Lunatic asylums Punjab 1911-1921 - 1911-1921
Year: 1911
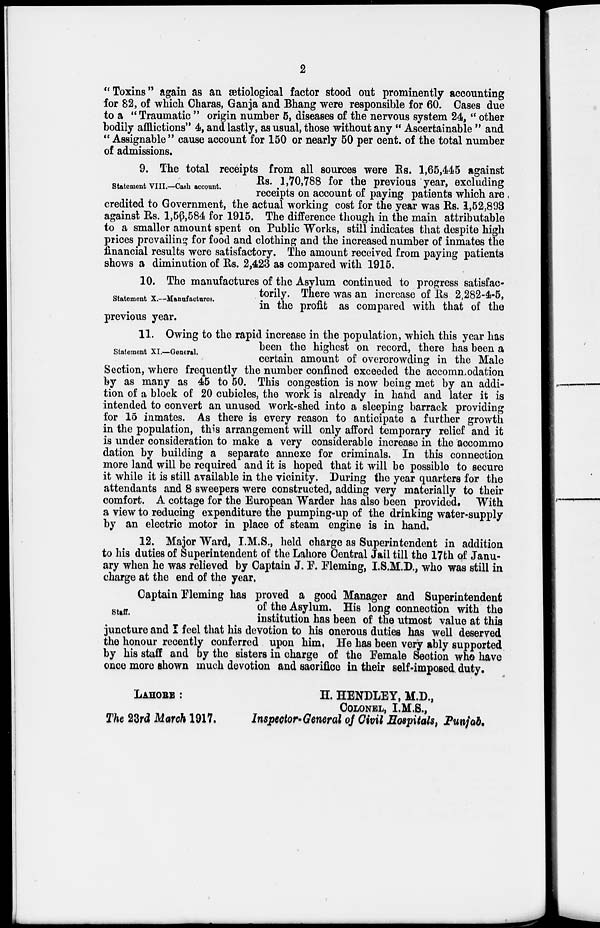
2
"Toxins" again as an ætiological factor stood out prominently accounting
for 82, of which Charas, Ganja and Bhang were responsible for 60. Cases due
to a " Traumatic " origin number 5, diseases of the nervous system 24, '' other
bodily afflictions" 4, and lastly, as usual, those without any " Ascertainable " and
"Assignable" cause account for 150 or nearly 50 per cent. of the total number
of admissions.
Statement VIII.—Cash account.
9. The total receipts from all sources were Rs. 1,65,445 against
Rs. 1,70,788 for the previous year, excluding
receipts on account of paying patients which are
credited to Government, the actual working cost for the year was Rs. 1,52,893
against Rs. 1,56,584 for 1915. The difference though in the main attributable
to a smaller amount spent on Public Works, still indicates that despite high
prices prevailing for food and clothing and the increased number of inmates the
financial results were satisfactory. The amount received from paying patients
shows a diminution of Rs. 2,423 as compared with 1915.
Statement X.—Manufactures.
10. The manufactures of the Asylum continued to progress satisfac-
torily. There was an increase of Rs 2,282-4-5,
in the profit as compared with that of the
previous year.
Statement XI.—General.
11. Owing to the rapid increase in the population, which this year has
been the highest on record, there has been a
certain amount of overcrowding in the Male
Section, where frequently the number confined exceeded the accommodation
by as many as 45 to 50. This congestion is now being met by an addi-
tion of a block of 20 cubicles, the work is already in hand and later it is
intended to convert an unused work-shed into a sleeping barrack providing
for 15 inmates. As there is every reason to anticipate a further growth
in the population, this arrangement will only afford temporary relief and it
is under consideration to make a very considerable increase in the accommo
dation by building a separate annexe for criminals. In this connection
more land will be required and it is hoped that it will be possible to secure
it while it is still available in the vicinity. During the year quarters for the
attendants and 8 sweepers were constructed, adding very materially to their
comfort. A cottage for the European Warder has also been provided. With
a view to reducing expenditure the pumping-up of the drinking water-supply
by an electric motor in place of steam engine is in hand.
12. Major Ward, I.M.S., held charge as Superintendent in addition
to his duties of Superintendent of the Lahore Central Jail till the 17th of Janu-
ary when he was relieved by Captain J. F. Fleming, I.S.M.D., who was still in
charge at the end of the year.
Staff.
Captain Fleming has proved a good Manager and Superintendent
of the Asylum. His long connection with the
institution has been of the utmost value at this
juncture and I feel that his devotion to his onerous duties has well deserved
the honour recently conferred upon him. He has been very ably supported
by his staff and by the sisters in charge of the Female Section who have
once more shown much devotion and sacrifice in their self-imposed duty.
LAHORE :
H. HENDLEY, M.D.,
COLONEL, I.M.S.,
The 23rd March 1917.
Inspector-General of Civil Hospitals, Punjab.